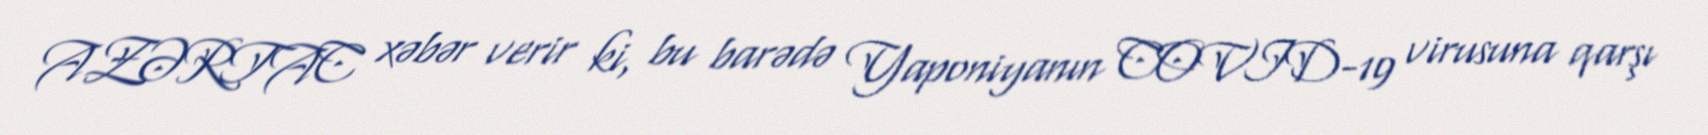
AZƏRTAC xəbər verir ki, bu barədə Yaponiyanın COVID-19 virusuna qarşı